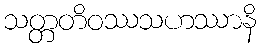
သတ္တတိဝဿသဟဿာနိ